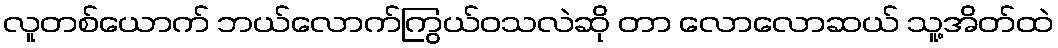
လူတစ်ယောက် ဘယ်လောက်ကြွယ်ဝသလဲဆို တာ လောလောဆယ် သူ့အိတ်ထဲ